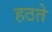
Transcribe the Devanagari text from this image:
हठते